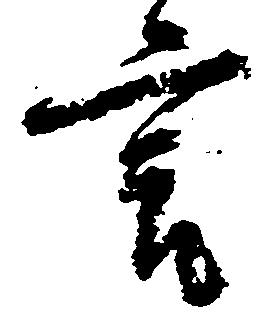
言